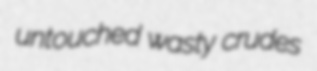
untouched wasty crudes